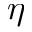
\eta